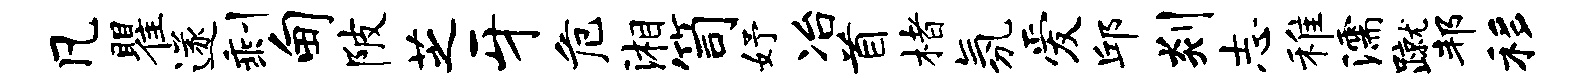
凡瞿遂剩甸陂芝牙危湘笥妤冶首楮氛爱邱剡志稚濡蹴邦移